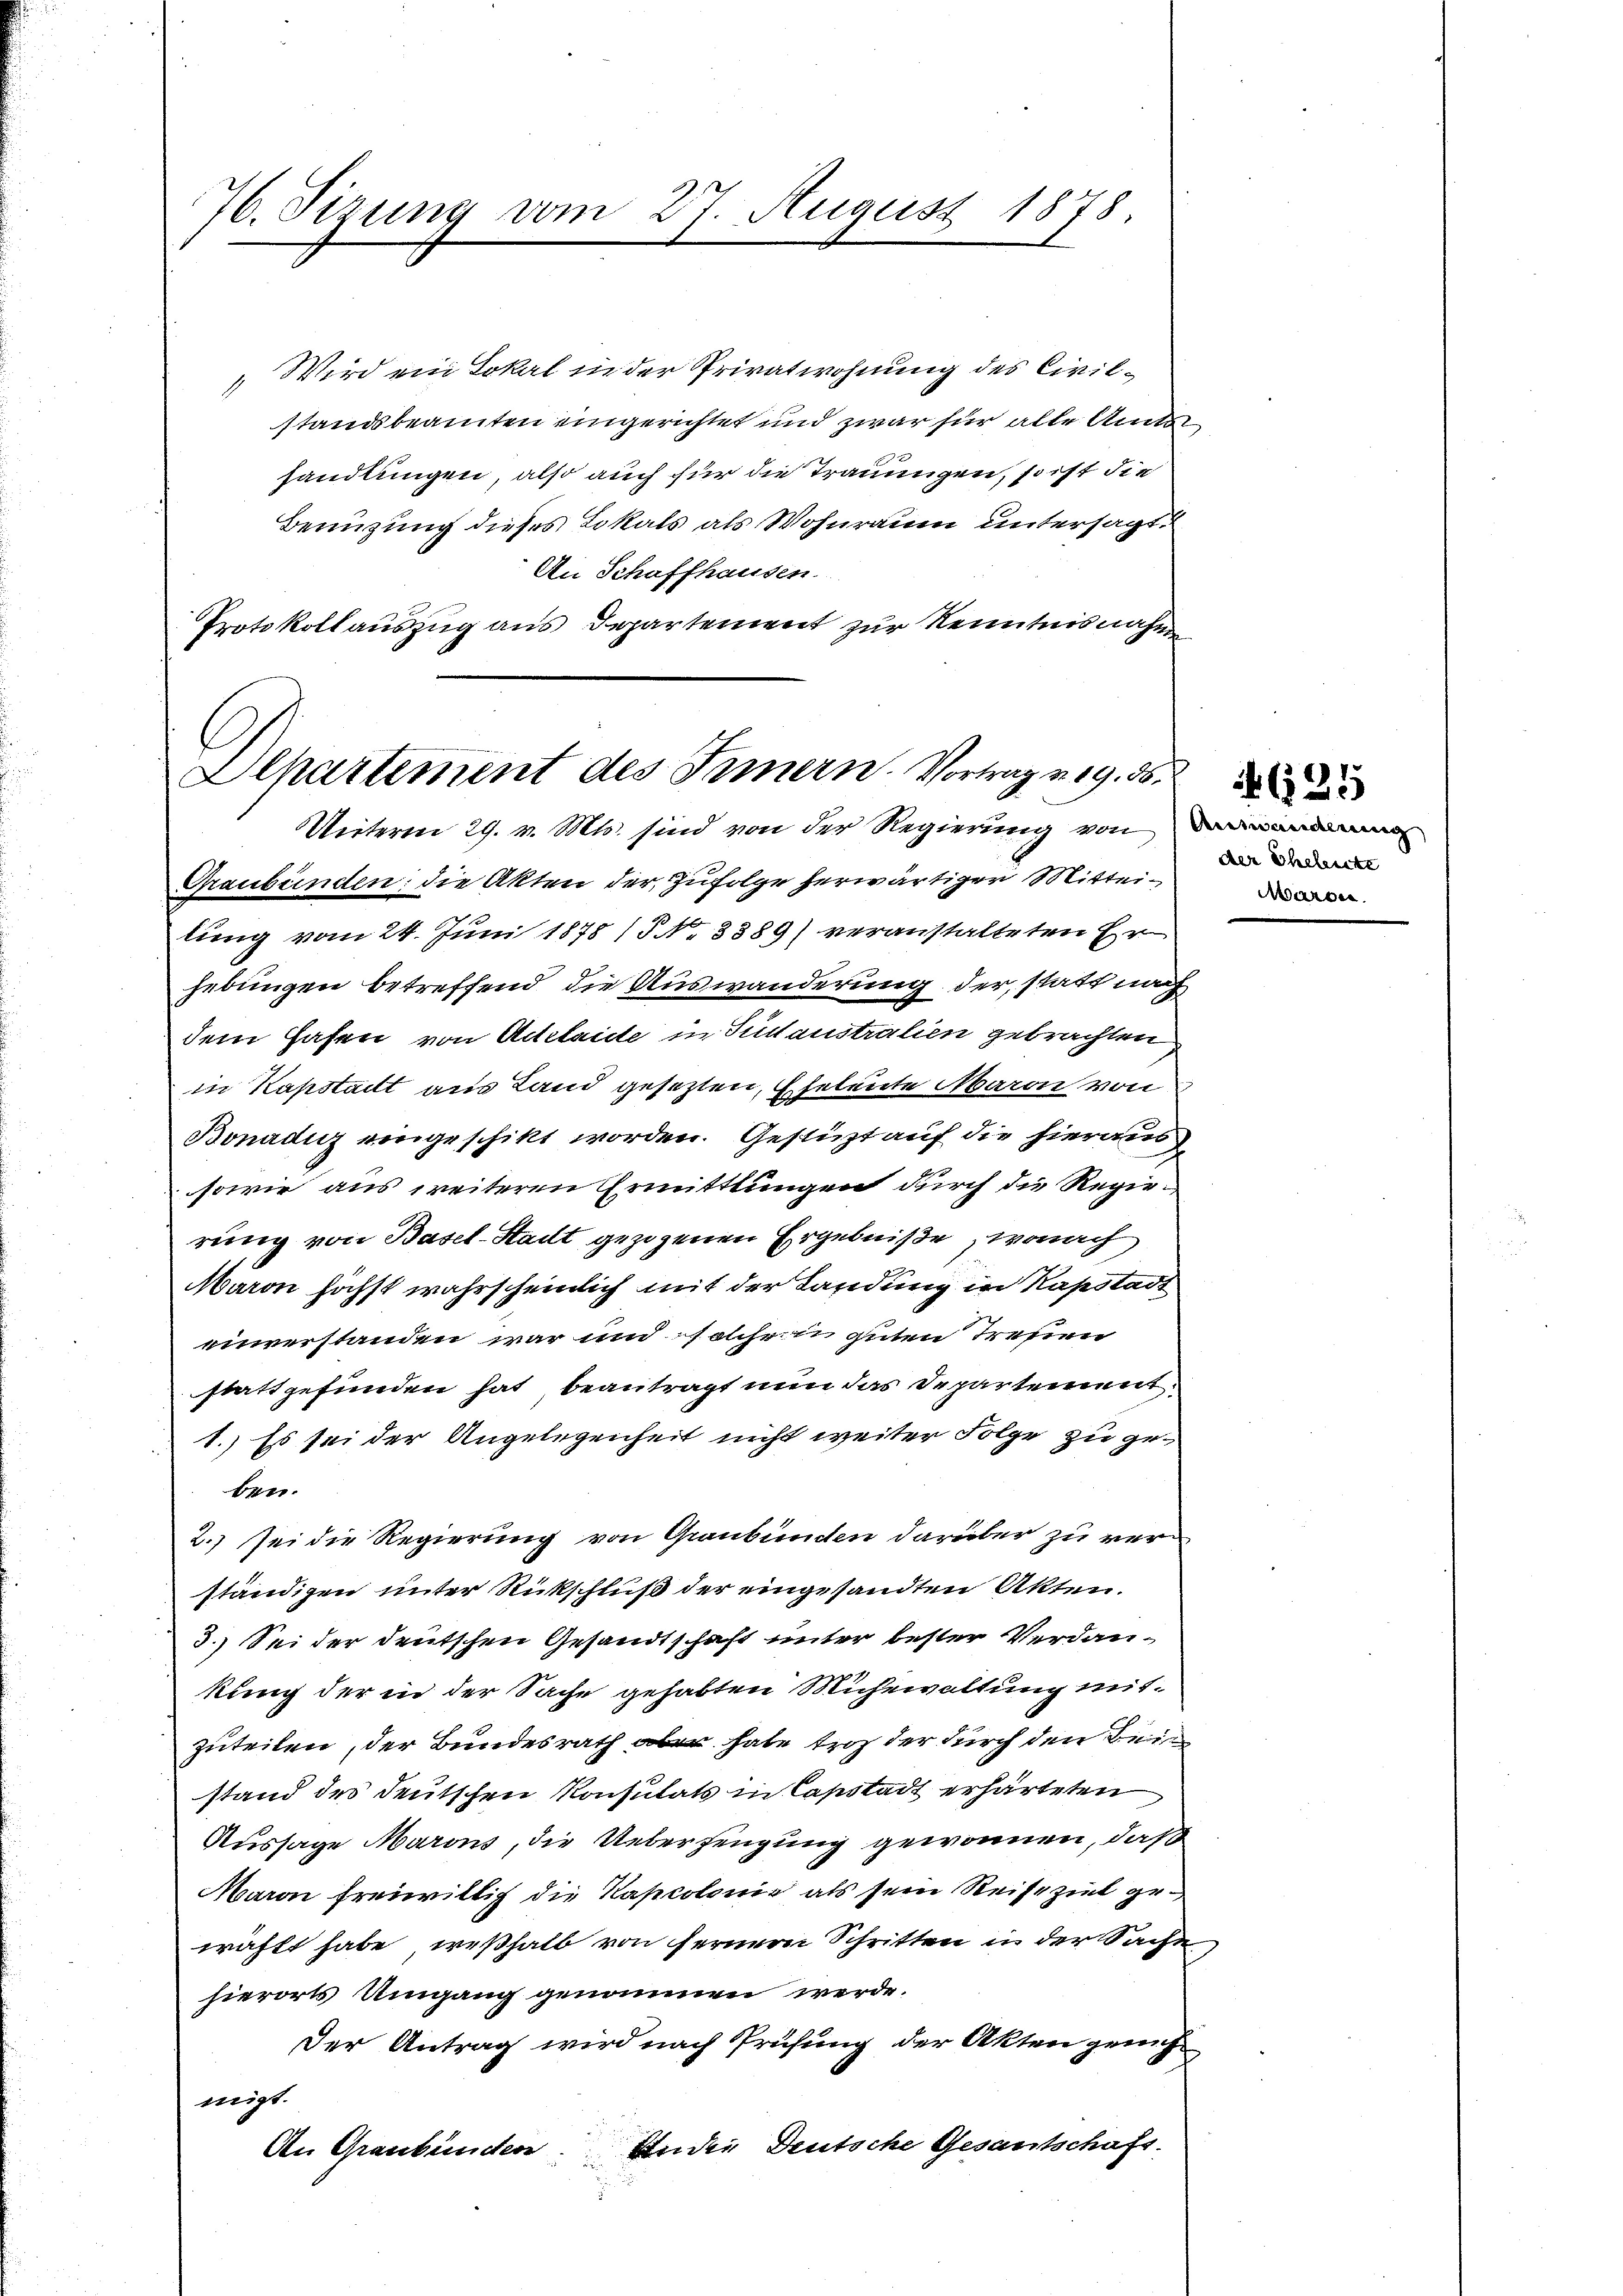
76. Sizung vom 27. August 1878.

„Wird ein Lokal in der Privatwohnung des Civilstandsbeamten eingerichtet und zwar für alle Amts
handlungen, also auch für die Traumigen, so ist die
Benützung dieses Lokals als Wohnraum untersagt.
An Schaffhausen.
Trotokollauszug aus Departement zur Kenntnisnahme

Alpartement des Innern. Vortragung. 56.
Unterm 29. v. Mts. sind von der Regierung von Darandamm

Graubünden: die Akten der Zufolge herwärtigen Mitteilung vom 24. Juni 1878 (§. N. 3389) veranstalteten Er
jedungen betreffend die Auswanderung der, statt nach
dem Hafen von Adeleide in Sustaustralien gebrachten,
in Kapstait aus Land gesezten, Eheleute Maron von
Bonadig eingeschikt worden. Gestüzt auf die hieraus
sowie aus weiteren Ermittlungen durch die Regierung von Basel-Stadt gezogenen Ergebniße, wonach
Maron höchst wahrscheinlich mit der Landung in Kapstadt
einverstanden war und solche in guten Treuen
stattgefunden hat, beantragt nun das Departement.
1.) Es sei der Angelegenheit nicht weiter Folge zu geben.
2.) sei die Regierung von Graubünden darüber zu verständigen unter Rückschluß der eingesandten Akten.
3.) Sei der deutschen Gesandtschaft unter bester Verdankung der in der Sache gehabten Mühewaltung mitzuteilen, der Bundesrath aber habe trotz der durch den Bein
stand des deutschen Konsulats in Capstadt erhärteten
Aussage Marons, die Ueberzeugung gewonnen, daß
Maron freiwillig die Kapcolonie als sein Reise ziel gewählt habe, weßhalb von ferner Schritten in der Sache
hierorts Umgang genommen werde.
Der Antrag wird nach Prüfung der Akten gerich
migt.
Ander Deutsche Gesantschaft.
An Graubünden

der Eheleiste
Maron

625